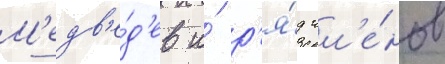
М'едв'е́д'ев и́ р'я́д чл'е́нов